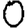
Digit: 0